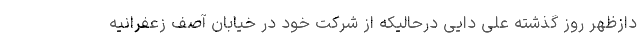
دازظهر روز گذشته علی دایی درحالیکه از شرکت خود در خیابان آصف زعفرانیه